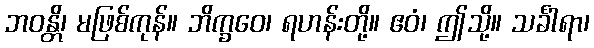
ဘဝန္တိ၊ မဖြစ်ကုန်။ ဘိက္ခဝေ၊ ရဟန်းတို့။ ဧဝံ၊ ဤသို့။ သင်္ခါရာ၊